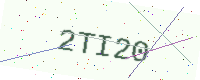
Text: 2TI20